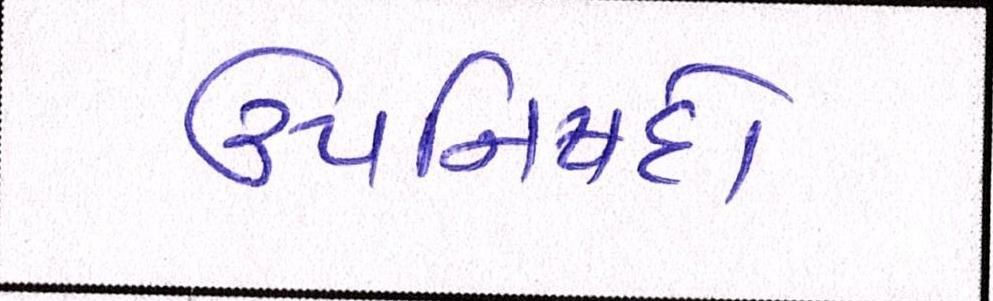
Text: ઉપનિષદો